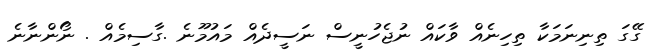
ގޭގަ ތިނިނަމަކާ ތިހިނެއް ވާކައް ނުޖެހުނީސް ނަސީދެއް މައުމޫނެ .ގާސިމެއް . ނޯންނާނެ